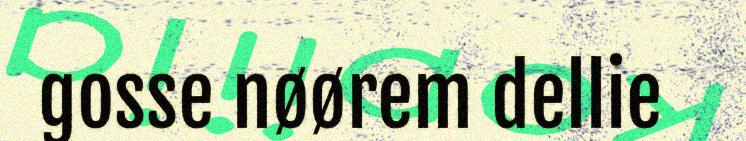
gosse nøørem dellie